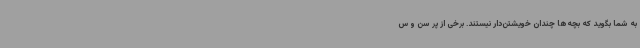
به شما بگوید که بچه‌ها چندان خویشتن‌دار نیستند. برخی از پر سن و س